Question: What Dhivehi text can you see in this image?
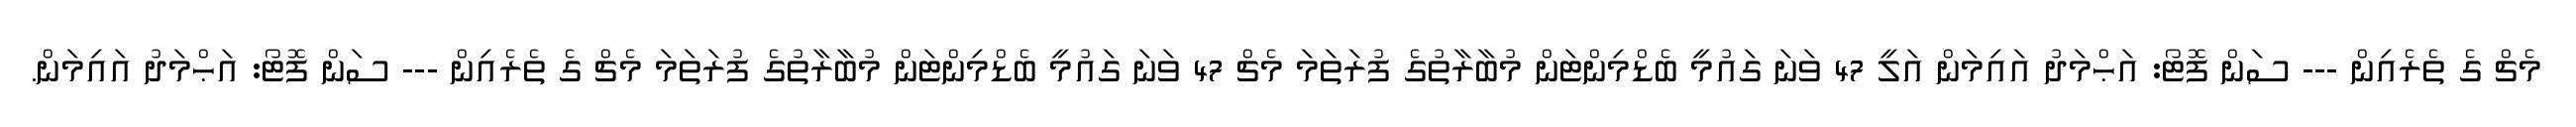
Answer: މެޗް ގެ ތެރެއިން --- ސަން ފޮޓޯ: އަޙްމަދު އައިމަން އަލީ 47 ވަނަ ގައުމީ ބެޑްމިންޓަން މުބާރާތުގެ ފުރަތަމަ މެޗް 47 ވަނަ ގައުމީ ބެޑްމިންޓަން މުބާރާތުގެ ފުރަތަމަ މެޗް ގެ ތެރެއިން --- ސަން ފޮޓޯ: އަޙްމަދު އައިމަން.